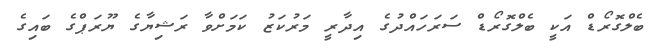
ބެލްގޮރޯޑް އަކީ ބެލްގޮރޯޑް ސަރަހައްދުގެ އިދާރީ މަރުކަޒު ކަމަށްވާ ރަޝިޔާގެ ޔޫރަޕްގެ ބައިގެ